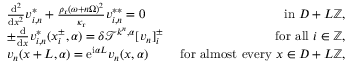
\begin{array} { r l r } & { \frac { \mathrm { d } ^ { 2 } } { \mathrm { d } x ^ { 2 } } v _ { i , n } ^ { * } + \frac { \rho _ { \mathrm { r } } ( \omega + n \Omega ) ^ { 2 } } { \kappa _ { \mathrm { r } } } v _ { i , n } ^ { * * } = 0 } & { \mathrm { ~ i n ~ } D + L \mathbb { Z } , } \\ & { \pm \frac { \mathrm { d } } { \mathrm { d } x } v _ { i , n } ^ { * } ( x _ { i } ^ { \pm } , \alpha ) = \delta \mathcal { T } ^ { k ^ { n } , \alpha } [ v _ { n } ] _ { i } ^ { \pm } } & { \mathrm { ~ f o r ~ a l l ~ } i \in \mathbb { Z } , } \\ & { v _ { n } ( x + L , \alpha ) = \mathrm { e } ^ { \mathrm { i } \alpha L } v _ { n } ( x , \alpha ) } & { \mathrm { ~ f o r ~ a l m o s t ~ e v e r y ~ } x \in D + L \mathbb { Z } , } \end{array}